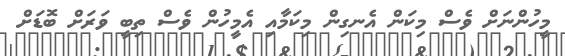
މީހުންނަށް ވެސް މިކަން އެނގިން މިކަމާއި އެމީހުން ވެސް ތިބީ ވަރަށް ބޮޑަށް